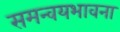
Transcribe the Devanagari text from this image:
समन्वयभावना